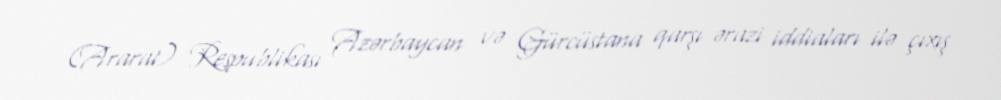
(Ararat) Respublikası Azərbaycan və Gürcüstana qarşı ərazi iddiaları ilə çıxış